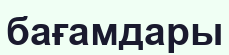
бағамдары